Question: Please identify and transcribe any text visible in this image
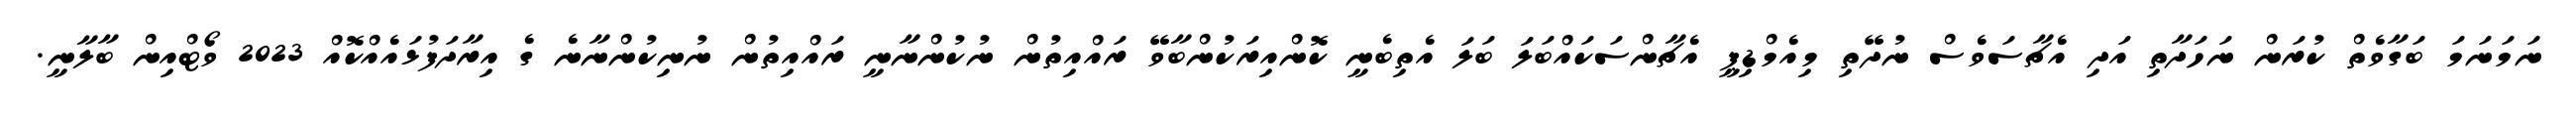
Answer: ނަމަނަމަ ބަގާވެތް ކުރަން ނަހަދާތި އަދި އެޗާސަވެސް ނުދޭތި މިއެމްޑިޕީ އެޗާންސަކައްބަލަ ބަލަ އެތިބެނީ ކޮންއިރަކުންބާވޭ ރައްއިތުން ނުކުންނާނީ ރައްއިތުން ނުނިކުންނާނެ ގެ އިރާދަފުޅައެއްކޮއް 2023 ވޯޓްއިން ބާލާނީ.